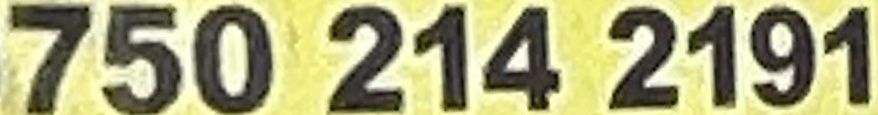
750 214 2191